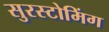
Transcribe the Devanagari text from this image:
सुरस्टोमिंग